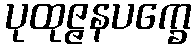
ပုထုဇ္ဇနပက္ခေ